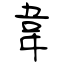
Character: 韋